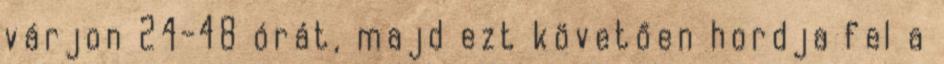
várjon 24-48 órát, majd ezt követően hordja fel a